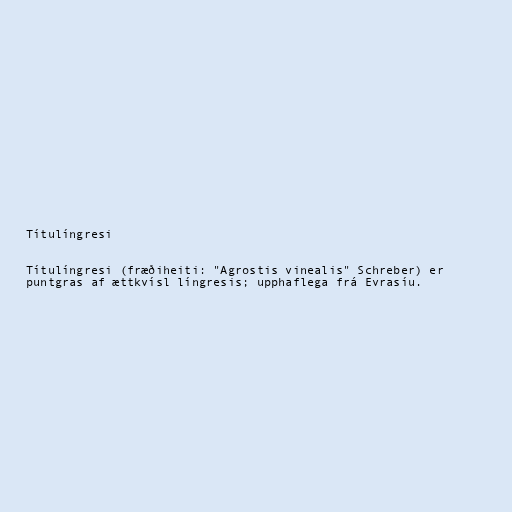
Títulíngresi

Títulíngresi (fræðiheiti: "Agrostis vinealis" Schreber) er
puntgras af ættkvísl língresis; upphaflega frá Evrasíu.